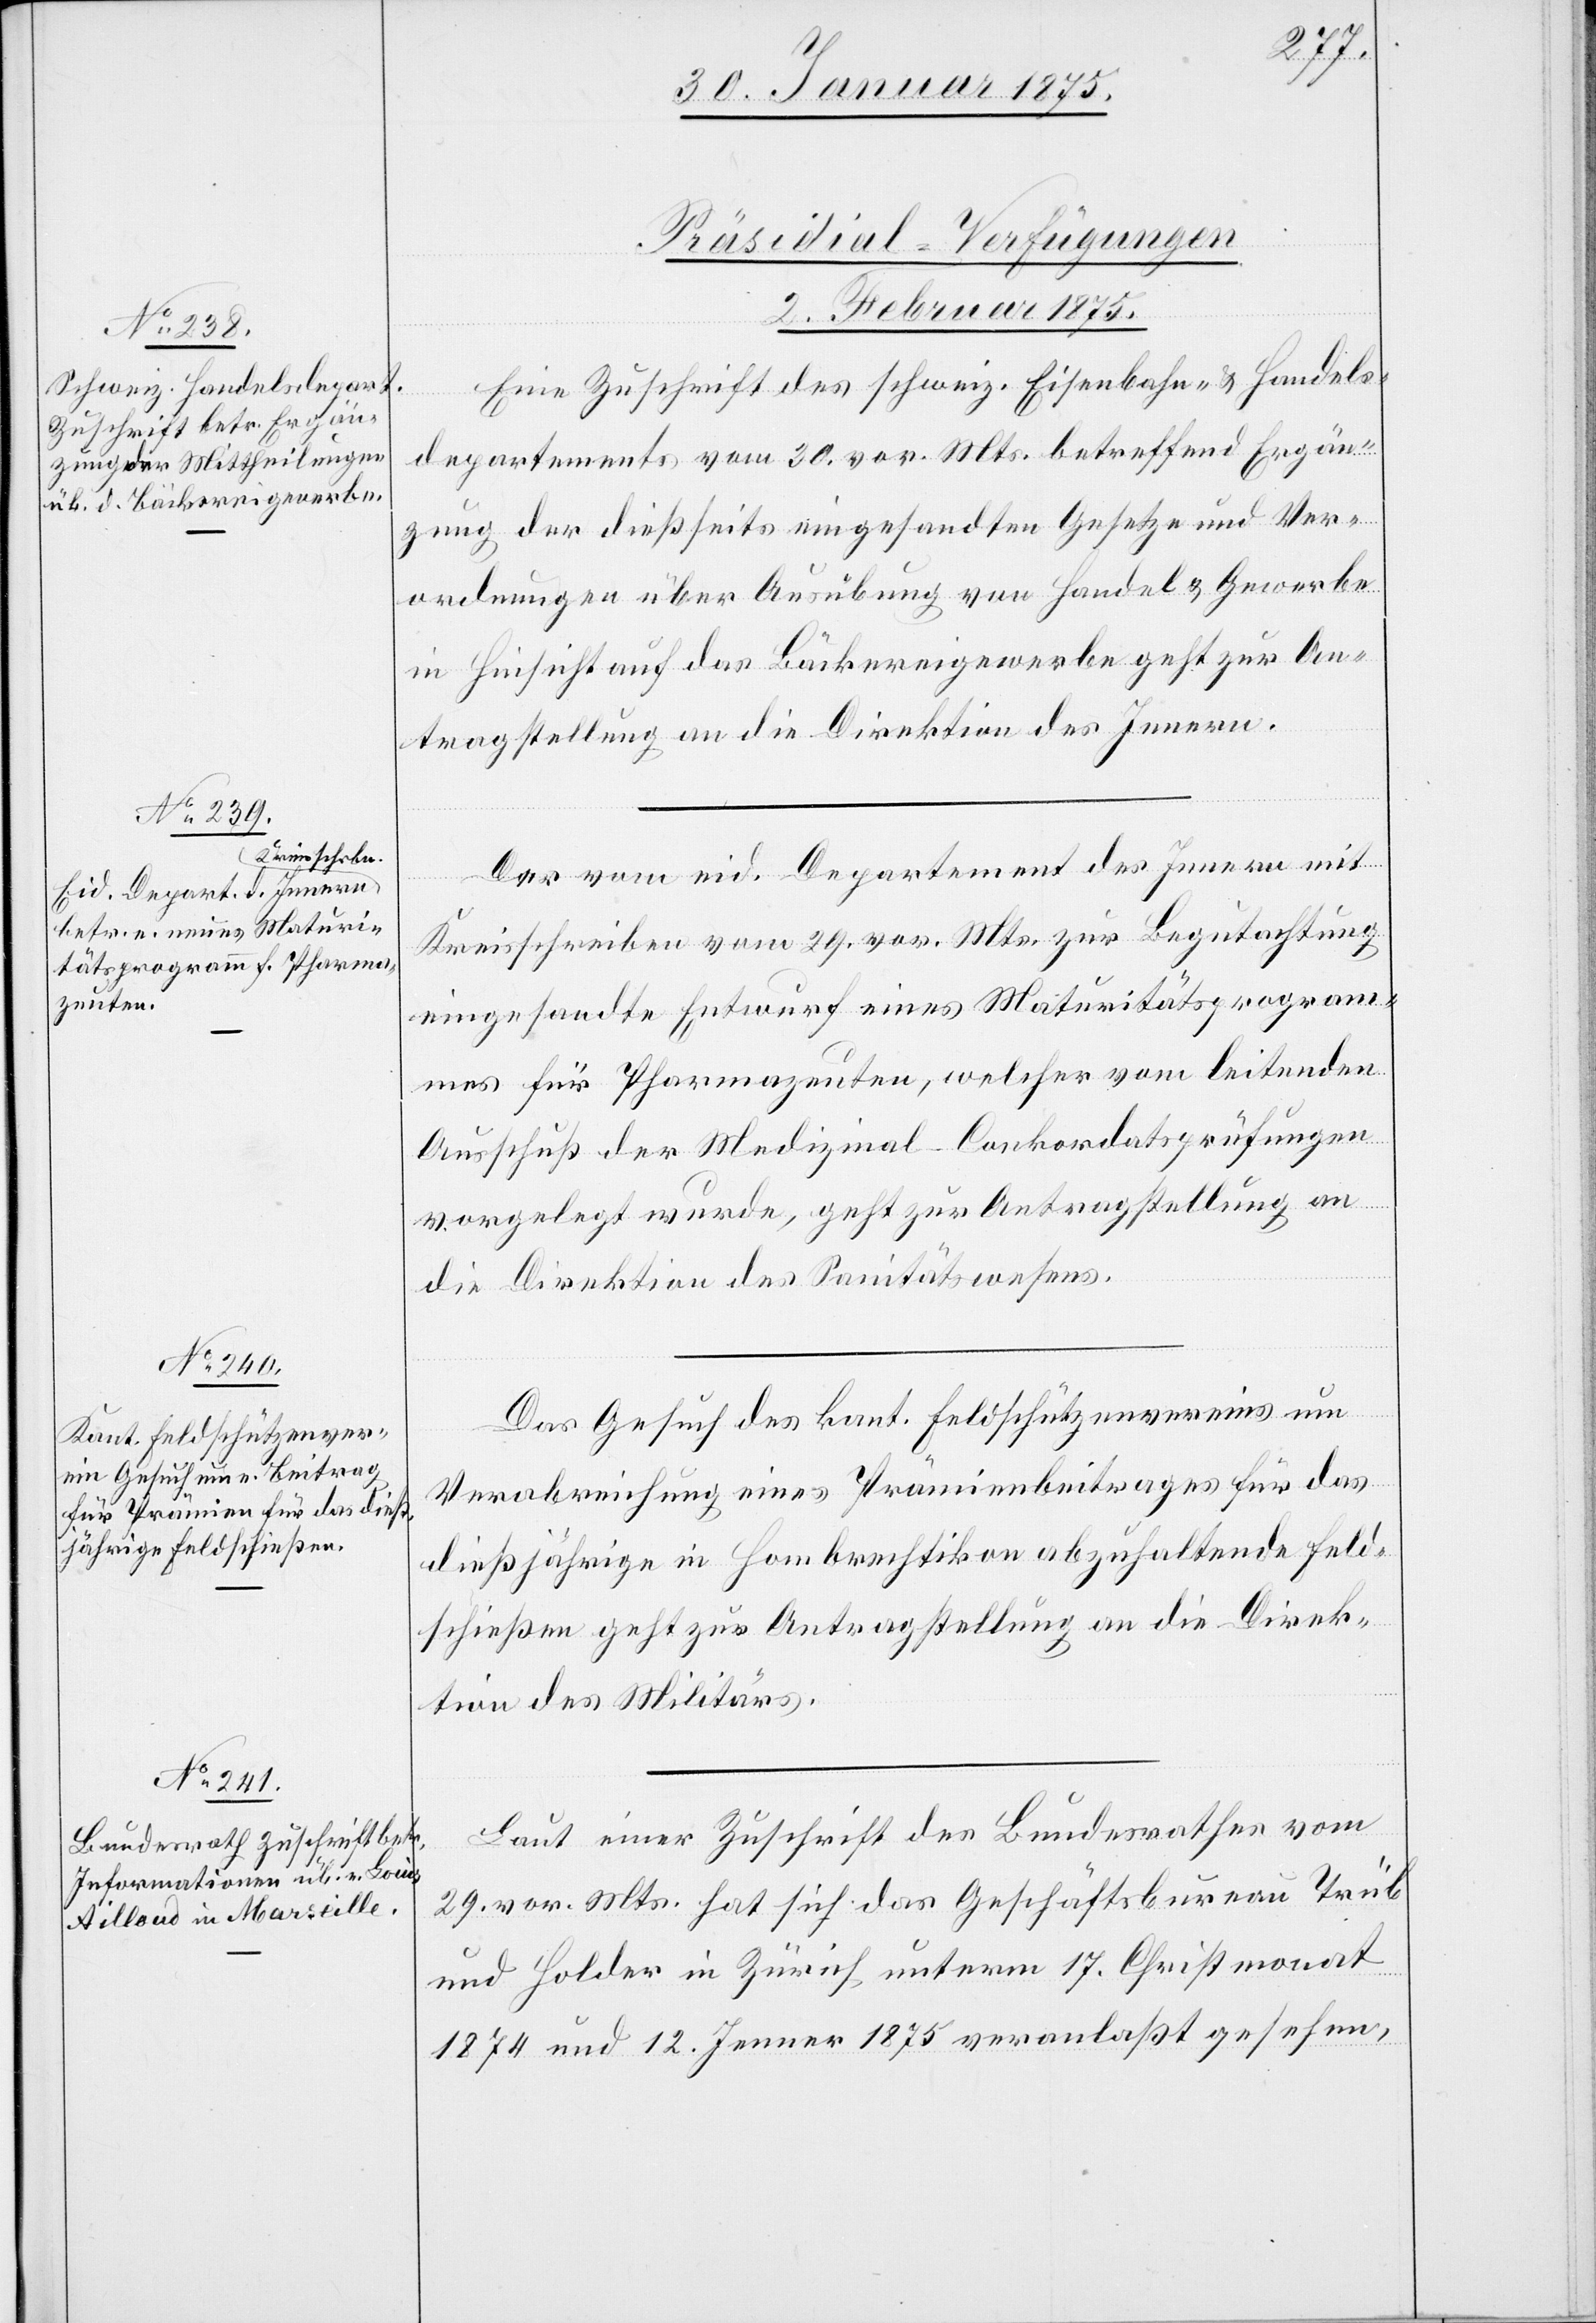
[Präsidial-Verfügungen
2. Februar 1875.]
Eine Zuschrift des schweiz. Eisenbahn- & Handels¬
departe4ments vom 30. vor. Mts. betreffend Ergän¬
zung der dießseits eingesandten Gesetze und Ver¬
ordnungen über Ausübung von Handel & Gewerbe
in Hinsicht auf das Bäckereigewerbe geht zur An¬
tragstellung an die Direktion des Innern.
Der vom eid. Departement des Innern mit
Kreisschreiben vom 29. vor. Mts. zur Begutachtung
eingesandte Entwurf eines Maturitätsprogram¬
mes für Pharmazeuten, welcher vom leitenden
Ausschuß der Medizinal-Conkordatsprüfungen
vorgelegt wurde, geht zur Antragstellung an
die Direktion des Sanitätswesens.
Das Gesuch des kant. Feldschützenvereins um
Verabreichung eines Prämienbeitrages für das
dießjährige in Hombrechtikon abzuhaltende Feld¬
schießen geht zur Antragstellung an die Direk¬
tion des Militärs.
Laut einer Zuschrift des Bundesrathes vom
29. vor. Mts. hat sich das Geschäftsbureau Trüb
und Holder in Zürich unterm 17. Christmonat
1874 und 12. Jenner 1875 veranlaßt gesehen,